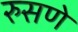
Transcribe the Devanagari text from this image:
रुसणे